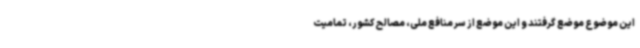
این موضوع موضع گرفتند و این موضع از سر منافع ملی، مصالح کشور، تمامیت